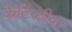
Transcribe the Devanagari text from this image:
कैटिलीवर